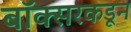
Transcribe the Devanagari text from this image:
बॉक्सरकडून